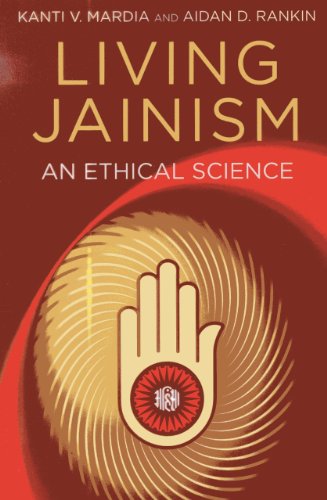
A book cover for Living Jainism: An Ethical Science; Aidan D. Rankin; Religion & Spirituality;